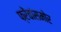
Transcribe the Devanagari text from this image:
फ्रेंचांसमोर